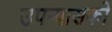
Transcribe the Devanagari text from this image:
उपन्यासको